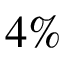
4 \%